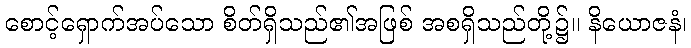
စောင့်ရှောက်အပ်သော စိတ်ရှိသည်၏အဖြစ် အစရှိသည်တို့၌။ နိယောဇနံ၊